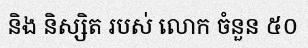
និង និស្សិត របស់ លោក ចំនួន ៥០